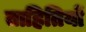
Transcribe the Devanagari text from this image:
ताहितियों